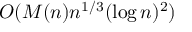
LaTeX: O ( M ( n ) n ^ { 1 / 3 } ( \log n ) ^ { 2 } )